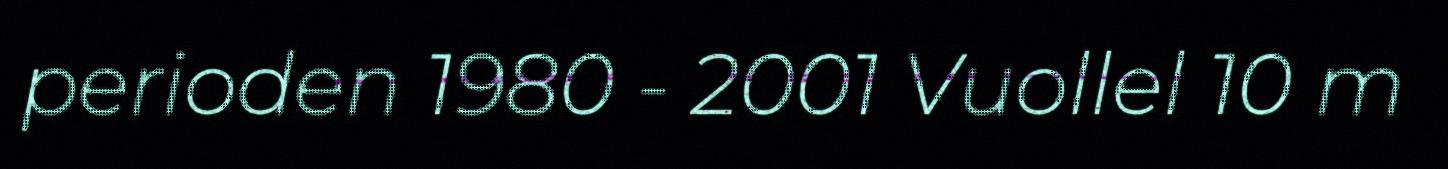
perioden 1980 - 2001 Vuollel 10 m